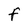
Character: F